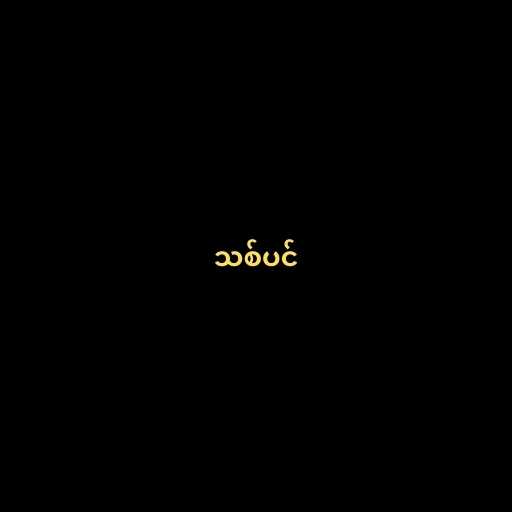
သစ်ပင်